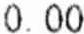
0.00